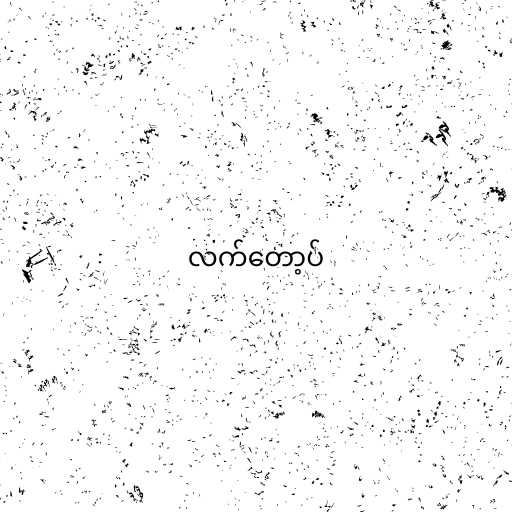
လက်တော့ပ်